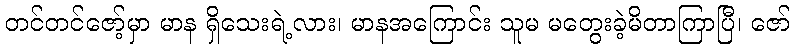
တင်တင်ဇော့်မှာ မာန ရှိသေးရဲ့လား၊ မာနအကြောင်း သူမ မတွေးခဲ့မိတာကြာပြီ၊ ဇော်